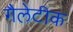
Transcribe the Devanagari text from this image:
गैलेटीक